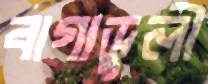
বাগাডুলী